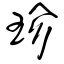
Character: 珍